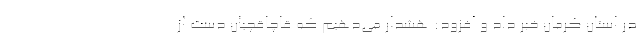
در استان کرمان خبر داد و افزود: هشدار می‌دهیم که قاچاقچیان دست از